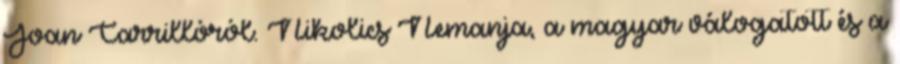
Joan Carrillóról. Nikolics Nemanja, a magyar válogatott és a